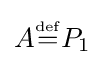
A{\overset {\underset {\mathrm {def} }{}}{=}}P_{1}